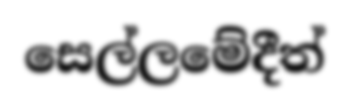
සෙල්ලමේදීත්